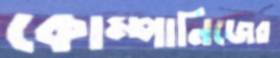
কোম্পানিজের